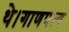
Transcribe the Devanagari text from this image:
थे।गाणपत्य